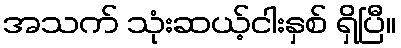
အသက် သုံးဆယ့်ငါးနှစ် ရှိပြီ။